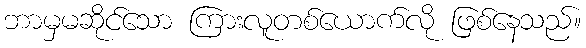
ဘာမှမဆိုင်သော ကြားလူတစ်ယောက်လို ဖြစ်နေသည်။